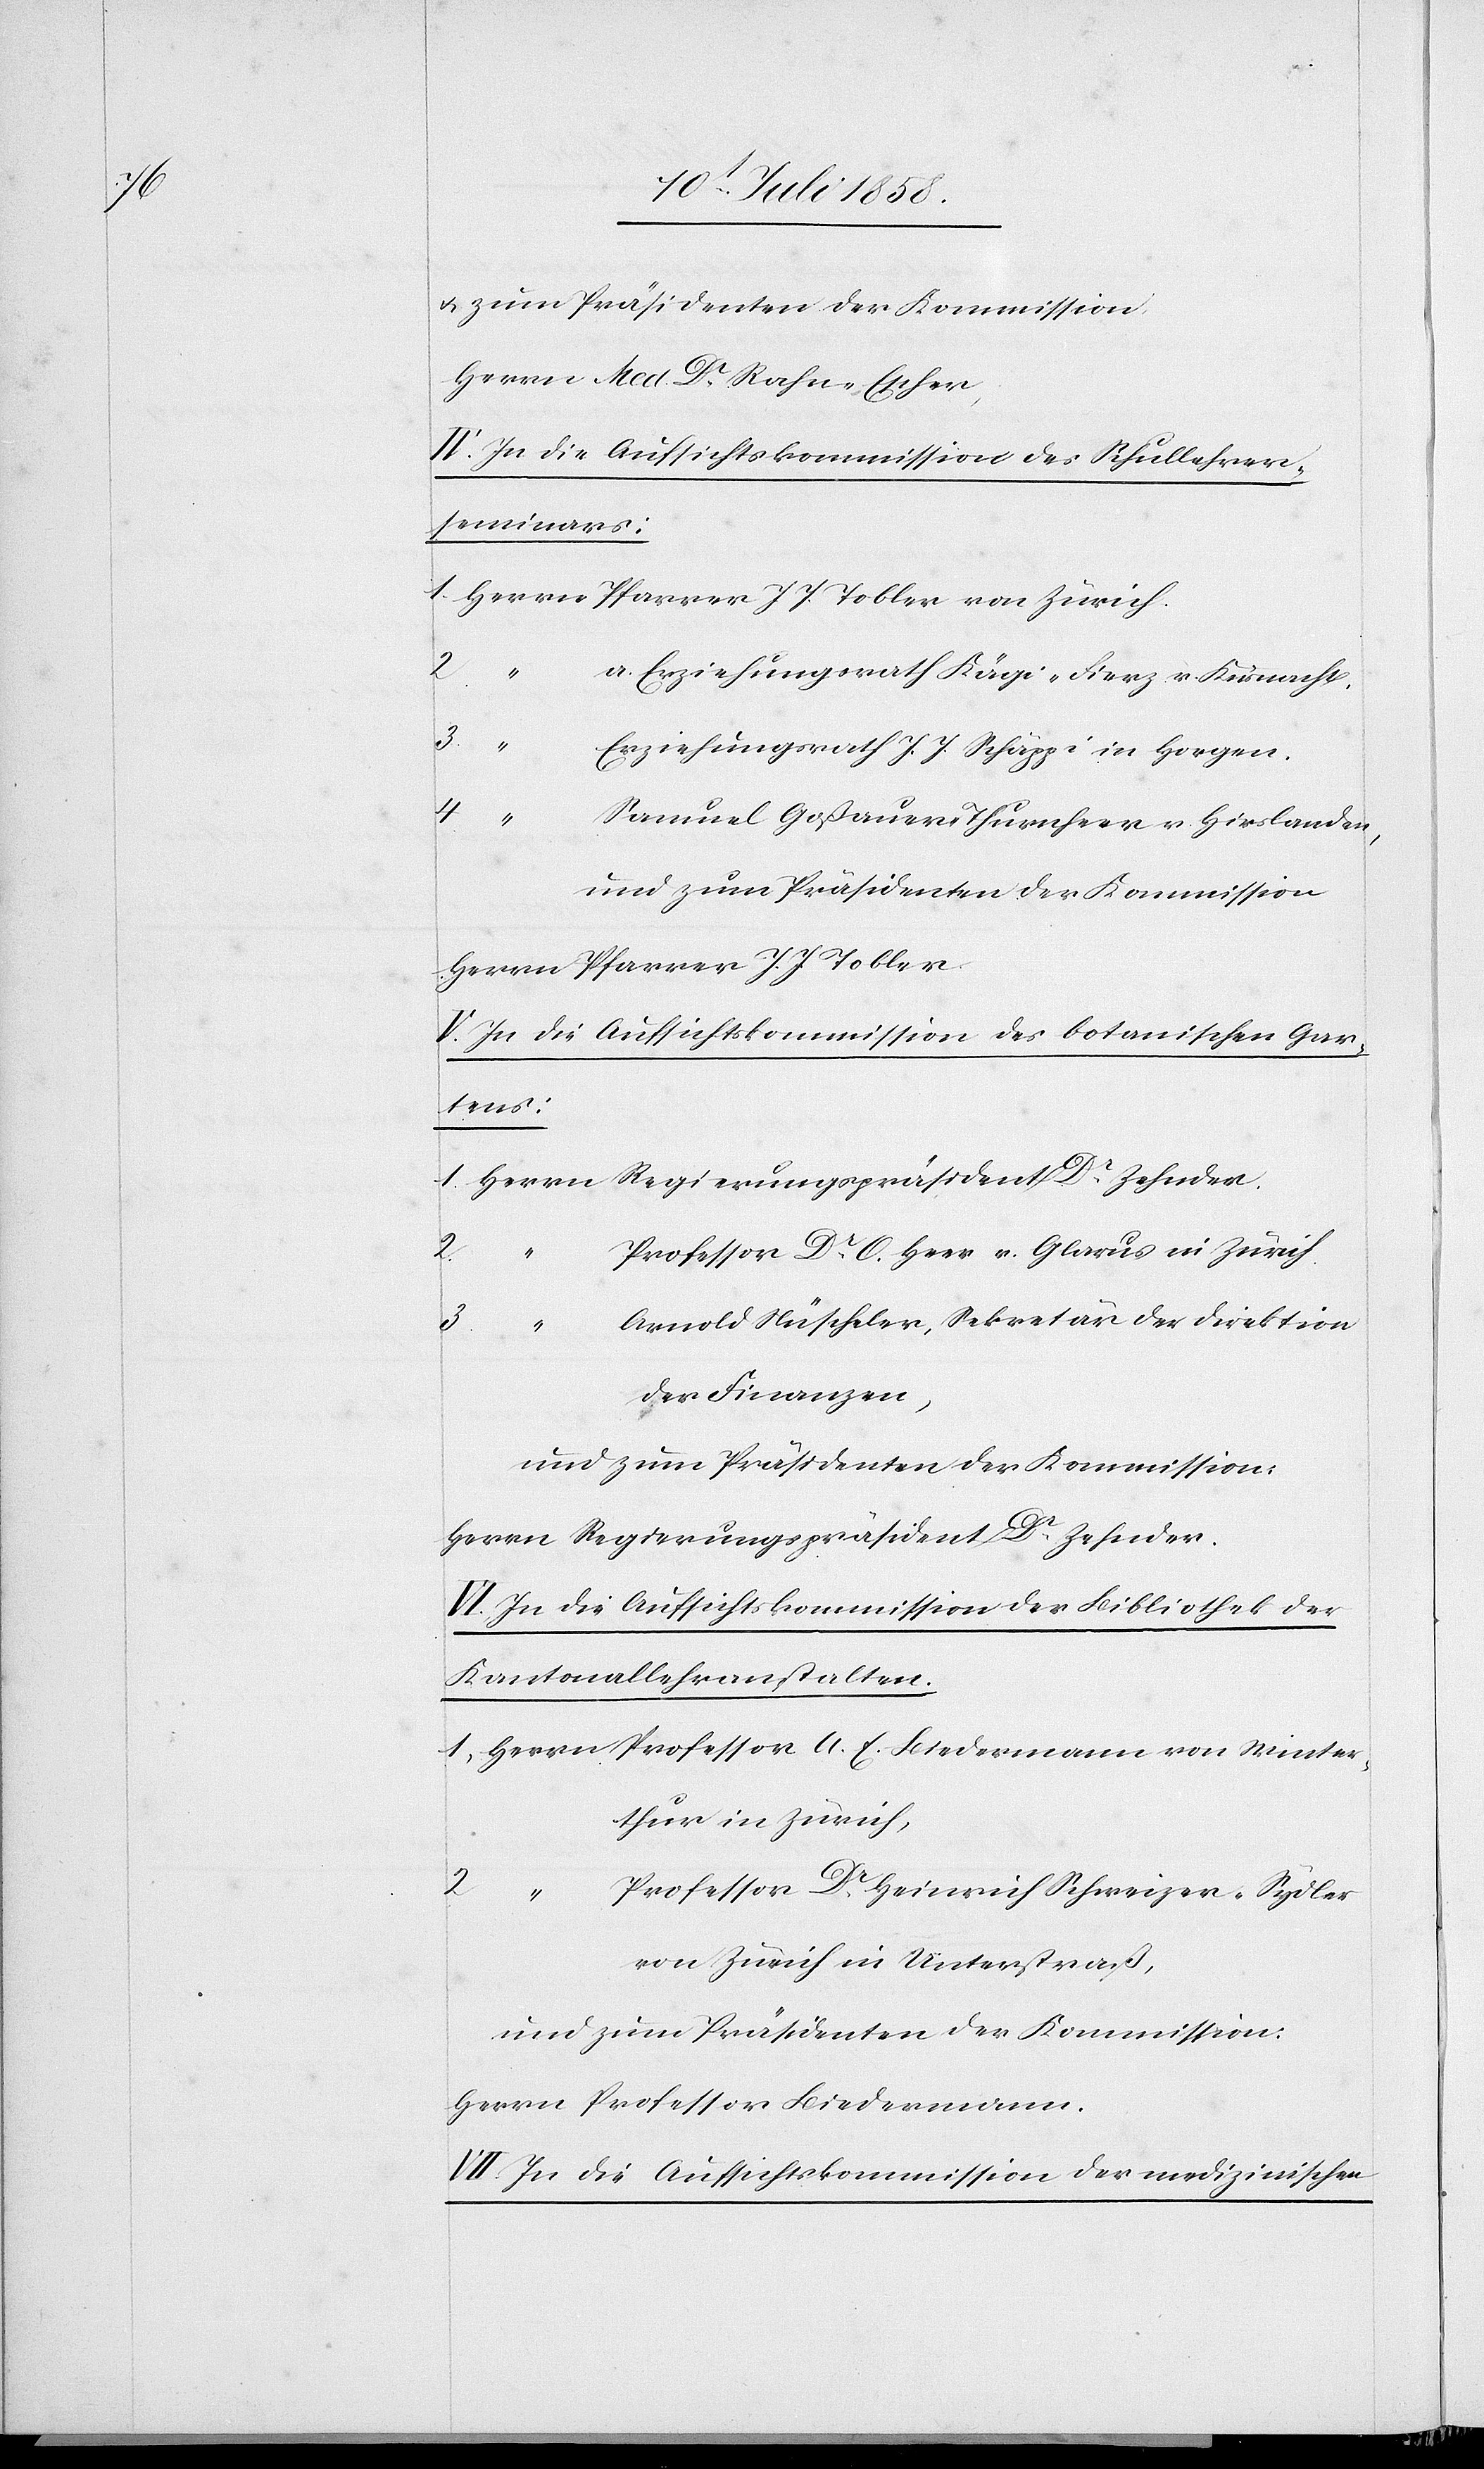
& zum Präsidenten der Kommission
Herrn Med. Dr. Rahn-Escher;
IV. In die Aufsichtskommission des Schullehrer¬
seminars:
2.
a. Erziehungsrath Kägi-Fierz v. Küsnacht.
3.
Erziehungsrath J. J. Schäppi in Horgen.
4.
Samuel Goßauer-Thurnheer v. Hirslanden,
und zum Präsidenten der Kommission
Herrn Pfarrer J. J. Tobler.
V. In die Aufsichtskommission des botanischen Gar¬
tens:
2.
Professor Dr. O. Heer v. Glarus in Zürich.
Arnold Nüscheler, Sekretär der Direktion
1.
E.
der Finanzen,
und zum Präsidenten der Kommission:
Herrn Regierungspräsident Dr. Zehnder.
VI. In die Aufsichtskommission der Bibliothek der
Kantonallehranstalten.
thur in Zürich,
2.
Professor Dr. Heinrich Schweizer-Sydler
Winter¬
von Zürich in Unterstraß,
Herrn Professor Biedermann.
VII. In die Aufsichtskommisison der medizinischen